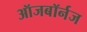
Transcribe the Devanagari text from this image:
ऑजबॉर्नज